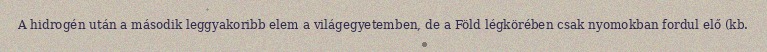
A hidrogén után a második leggyakoribb elem a világegyetemben, de a Föld légkörében csak nyomokban fordul elő (kb.